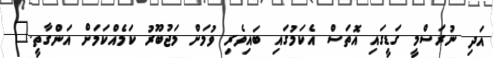
އަދި ނުރަސްމީ ގަޑީގައި އޮތަސް އެކަމުގައި ބައިވެރި ވުމަށް މަޖުބޫރު ކަމެއްކަމަށް އަންގާތީ."